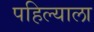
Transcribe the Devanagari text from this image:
पहिल्याला